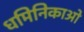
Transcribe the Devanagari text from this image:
धमिनिकाओ